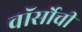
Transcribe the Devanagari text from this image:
वॉर्सोची